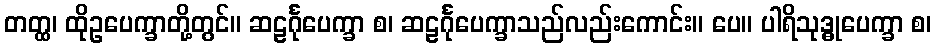
တတ္ထ၊ ထိုဥပေက္ခာတို့တွင်။ ဆဠင်္ဂုပေက္ခာ စ၊ ဆဠင်္ဂုပေက္ခာသည်လည်းကောင်း။ ပေ။ ပါရိသုဒ္ဓုပေက္ခာ စ၊